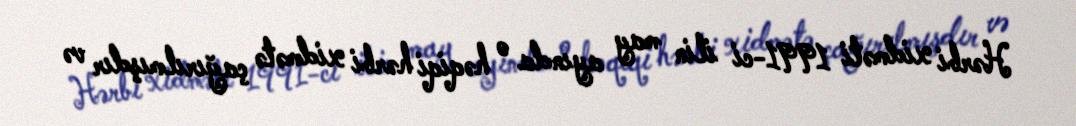
Hərbi xidməti 1991-ci ilin may ayında o həqiqi hərbi xidmətə çağırılmışdır və